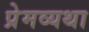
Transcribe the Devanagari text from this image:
प्रेमव्यथा